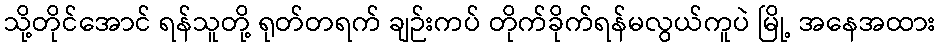
သို့တိုင်အောင် ရန်သူတို့ ရုတ်တရက် ချဉ်းကပ် တိုက်ခိုက်ရန်မလွယ်ကူပဲ မြို့ အနေအထား